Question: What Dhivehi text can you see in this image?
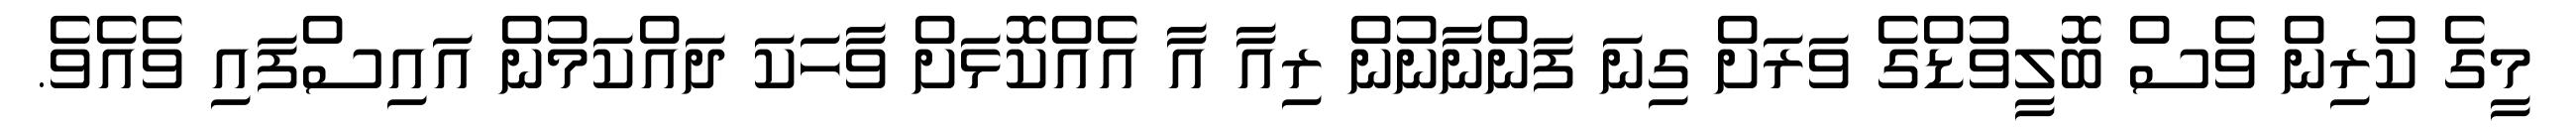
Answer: މީގެ ކުރިން ވެސް ބޮލީވުޑްގެ ވަރަށް ގިނަ ފަންނާނުން ރިއާ އާ އެއްކޮޅަށް ވާހަކަ ދައްކަމުން އައިސްފައި ވެއެވެ.